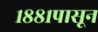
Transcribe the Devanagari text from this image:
१८८१पासून